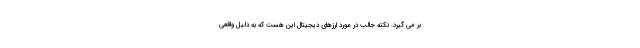
بر می گیرد. نکته جالب در مورد ارزهای دیجیتال این هست که به دلیل واقعی